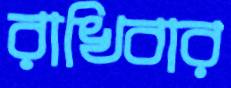
রাখিবার